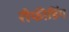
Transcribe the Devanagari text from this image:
रीफीडिंग